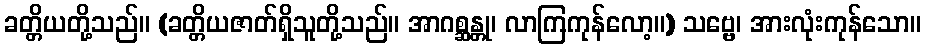
ခတ္တိယတို့သည်။ (ခတ္တိယဇာတ်ရှိသူတို့သည်။ အာဂစ္ဆန္တု၊ လာကြကုန်လော့။) သဗ္ဗေ၊ အားလုံးကုန်သော။